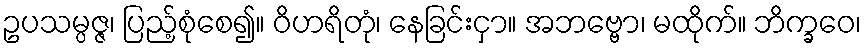
ဥပသမ္ပဇ္ဇ၊ ပြည့်စုံစေ၍။ ဝိဟရိတုံ၊ နေခြင်းငှာ။ အဘဗ္ဗော၊ မထိုက်။ ဘိက္ခဝေ၊